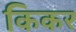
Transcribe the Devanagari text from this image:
किकर